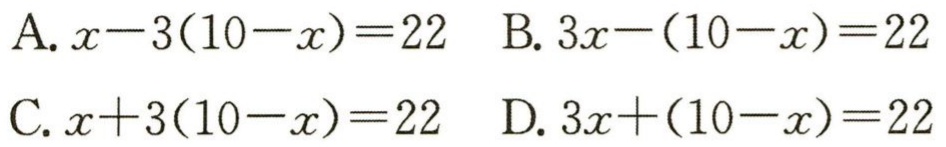
A. \(x - 3(10 - x)=22\)  B. \(3x-(10 - x)=22\)

C. \(x + 3(10 - x)=22\)  D. \(3x+(10 - x)=22\)